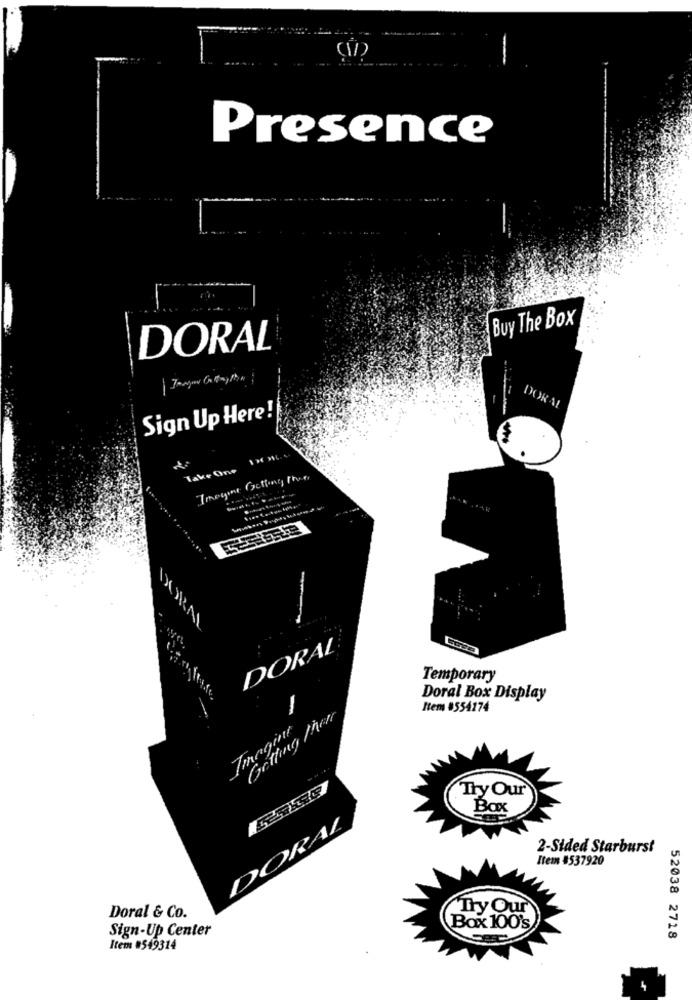
Presence
Buy The Box
DORAL
DORAL
Sign Up Here!
$
Take One 1x 26 ...
Imagine Getting there
DORA
DORAL
Temporary
Doral Box Display
Getting there
-
Item #554274
Immagini
Try Our
Bax
DORAL
2-Sided Starburst
Item #537920
"Try Our
Doral & Co.
Sign-Up Center
Box 100's
52038 2718
Item #549314